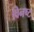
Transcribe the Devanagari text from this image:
विनष्‍ट